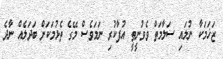
ޒަޚަމަކާ ނުލައި ސަލާމަތް ވެވުނީތީ އުފާކުރި ނަމަވެސް މޭގެ ތެޅުމަކަށް ބަދަލެއް ނާދެ